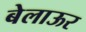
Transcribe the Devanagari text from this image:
बेलाऊर